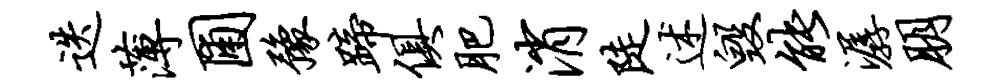
迭薄圃豫蹄俱肥消陡述毁能潺朋